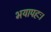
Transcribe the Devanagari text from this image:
भयापहः।